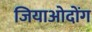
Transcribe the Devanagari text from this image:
जियाओदोंग